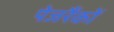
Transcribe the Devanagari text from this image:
पेजरैंकों